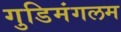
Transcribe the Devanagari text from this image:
गुडिमंगलम